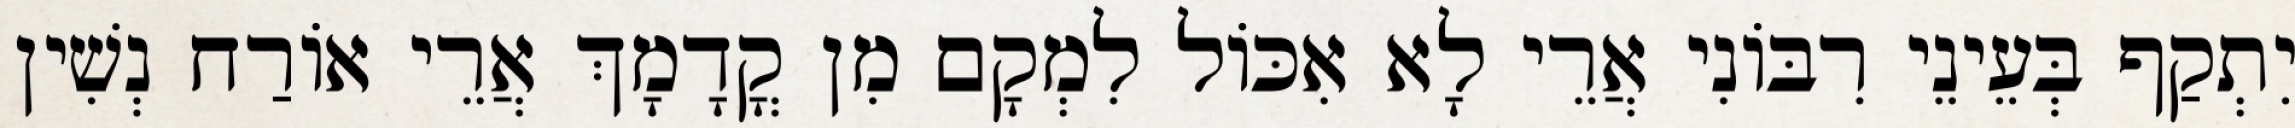
יִתְקַף בְּעֵינֵי רִבּוֹנִי אֲרֵי לָא אִכּוֹל לִמְקָם מִן קֳדָמָךְ אֲרֵי אוֹרַח נְשִׁין